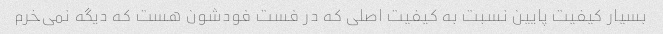
بسیار کیفیت پایین نسبت به کیفیت اصلی که در فست فودشون هست که دیگه نمی‌خرم